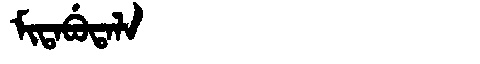
Manchu: ᠮᡳᡨᠠᠪᡠᡨᠠᠯᠠ
Romanization: MITABUTALA